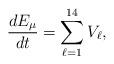
LaTeX: \begin{align*}\frac{dE_{\mu}}{dt}=\sum_{\ell=1}^{14}V_{\ell},\end{align*}